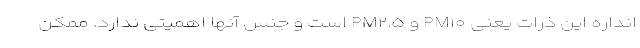
انداره این ذرات یعنی PM۱۰ و PM۲.۵ است و جنس آنها اهمیتی ندارد. ممکن